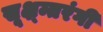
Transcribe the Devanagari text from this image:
सूक्ष्म्तरंगी